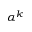
\alpha ^ { k }